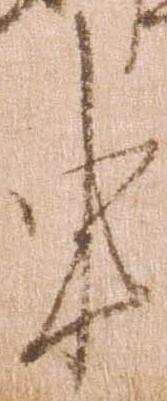
申